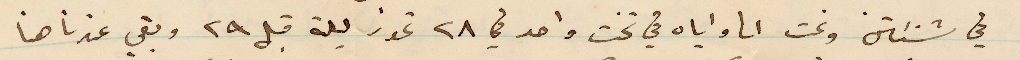
في %% ونحن واياه في تحت واحد في ٢٨ تموز ليلة قبل ٢۹ وبقي عندنا هنا